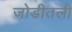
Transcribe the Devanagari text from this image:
जोडीतली